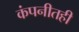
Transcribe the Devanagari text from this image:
कंपनीतही